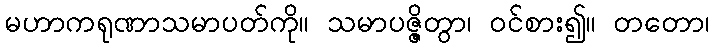
မဟာကရုဏာသမာပတ်ကို။ သမာပဇ္ဇိတွာ၊ ဝင်စား၍။ တတော၊